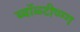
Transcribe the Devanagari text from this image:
ब्बॉळ्टीण्ग्ग